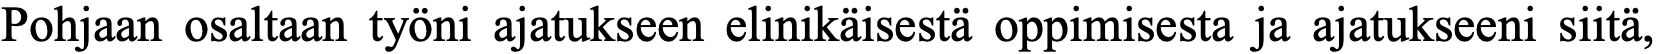
Pohjaan osaltaan työni ajatukseen elinikäisestä oppimisesta ja ajatukseeni siitä,